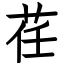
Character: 荏